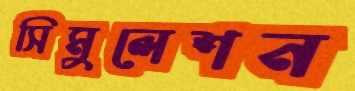
সিমুলেশন